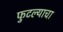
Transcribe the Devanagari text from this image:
फुटल्याचा